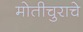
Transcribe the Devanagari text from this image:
मोतीचुराचे